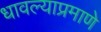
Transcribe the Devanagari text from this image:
धावल्याप्रमाणे